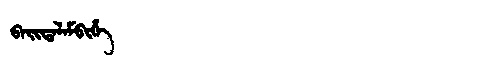
Manchu: ᠪᠠᡳᡨᠠᠯᠠᠮᠪᡳᡥᡝ
Romanization: BAITALAMBIHE